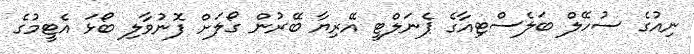
ނިއުގެ ސުހޭލް ބަލެސްޓިއާގެ ޕެނަލްޓީ އޭރިޔާ ބޭރުން ގޯލަށް ފޮނުވާލި ބޯޅަ އެޓީމުގެ